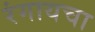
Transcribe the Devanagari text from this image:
रंगायचा